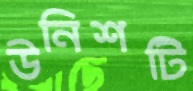
উনিশটি